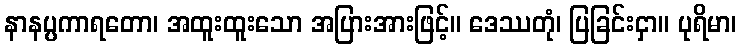
နာနပ္ပကာရတော၊ အထူးထူးသော အပြားအားဖြင့်။ ဒေဿတုံ၊ ပြခြင်းငှာ။ ပုရိမာ၊